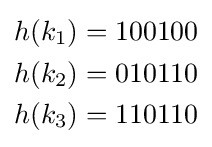
{\begin{aligned}h(k_{1})=100100\\h(k_{2})=010110\\h(k_{3})=110110\end{aligned}}